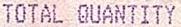
TOTAL QUANTITY